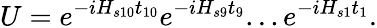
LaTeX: U=e^{-iH_{s10}t_{10}}e^{-iH_{s9}t_{9}}...e^{-iH_{s1}t_{1}}.